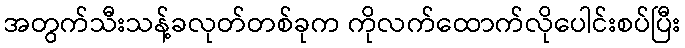
အတွက်သီးသန့်ခလုတ်တစ်ခုက ကိုလက်ထောက်လိုပေါင်းစပ်ပြီး